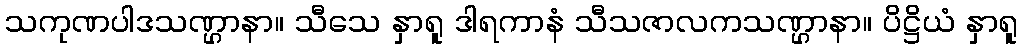
သကုဏပါဒသဏ္ဌာနာ။ သီသေ နှာရူ ဒါရကာနံ သီသဇာလကသဏ္ဌာနာ။ ပိဋ္ဌိယံ နှာရူ